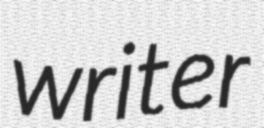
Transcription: writer